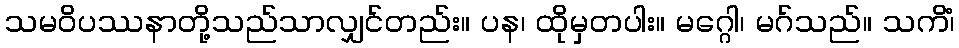
သမဝိပဿနာတို့သည်သာလျှင်တည်း။ ပန၊ ထိုမှတပါး။ မဂ္ဂေါ၊ မဂ်သည်။ သကိံ၊